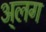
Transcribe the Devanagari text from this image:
अ्लग